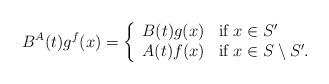
LaTeX: \begin{align*}B^A(t)g^f(x)=\left\{\begin{array}{ll}B(t)g(x) & \mbox{if } x\in S'\\ A(t)f(x) & \mbox{if } x\in S\setminus S'.\end{array}\right.\end{align*}